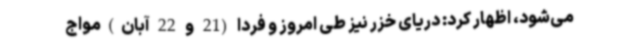
می‌شود، اظهار کرد: دریای خزر نیز طی امروز و فردا (21 و 22 آبان)مواج